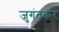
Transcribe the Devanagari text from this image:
जुगंतकर